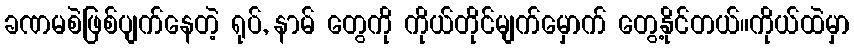
ခဏမစဲဖြစ်ပျက်နေတဲ့ ရုပ်, နာမ် တွေကို ကိုယ်တိုင်မျက်မှောက် တွေ့နိုင်တယ်။ကိုယ်ထဲမှာ